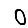
Digit: 0